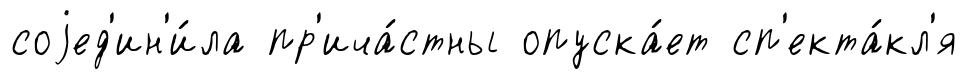
соjед'ин'и́ла пр'ича́стны опуска́ет сп'екта́кл'я